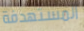
المستهدفة